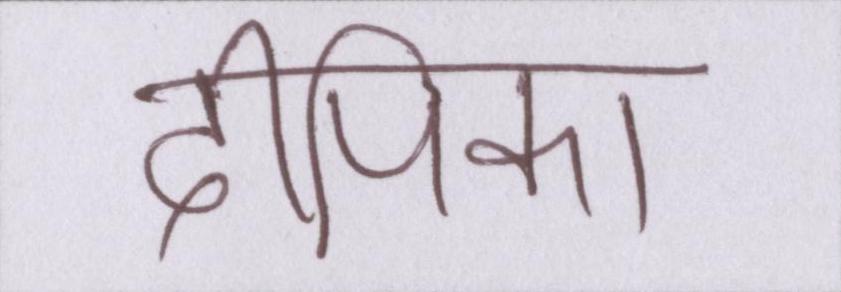
दीपिका